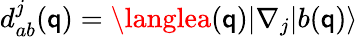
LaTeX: d_{ab}^{j}(\mathsf{q})=\langlea(\mathsf{q})|\nabla_{j}|b(\mathsf{q})\rangle